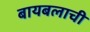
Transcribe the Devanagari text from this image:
बायबलाची